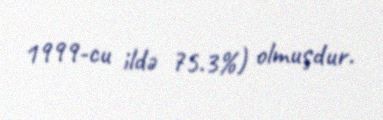
1999-cu ildə 75.3%) olmuşdur.